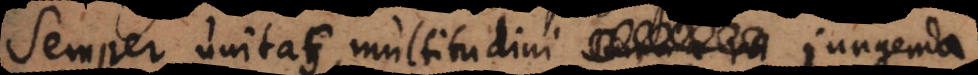
Semper unitas multitudini – jungenda